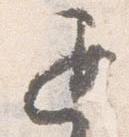
退